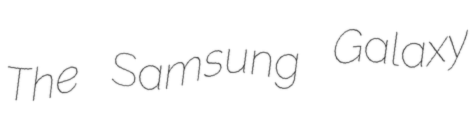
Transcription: The Samsung Galaxy